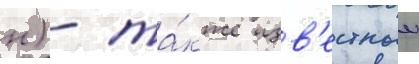
н) - та́кже изв'естныи